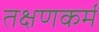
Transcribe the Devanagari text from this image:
तक्षणकर्म